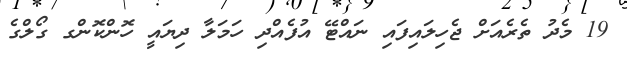
19 މެދު ތެރެއަށް ޖެހިިލައިފައި ނައްޓޭ އުފެއްދި ހަމަލާ ދިޔައީ ހޮންކޮންގ ގޯލްގެ